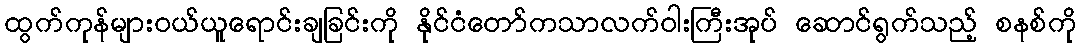
ထွက်ကုန်များဝယ်ယူရောင်းချခြင်းကို နိုင်ငံတော်ကသာလက်ဝါးကြီးအုပ် ဆောင်ရွက်သည့် စနစ်ကို